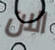
الان